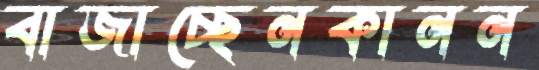
বাজাচ্ছেনকানন